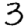
Digit: 3